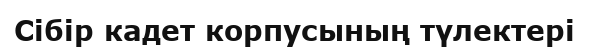
Сібір кадет корпусының түлектері